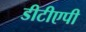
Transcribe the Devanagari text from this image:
डीटीएपी